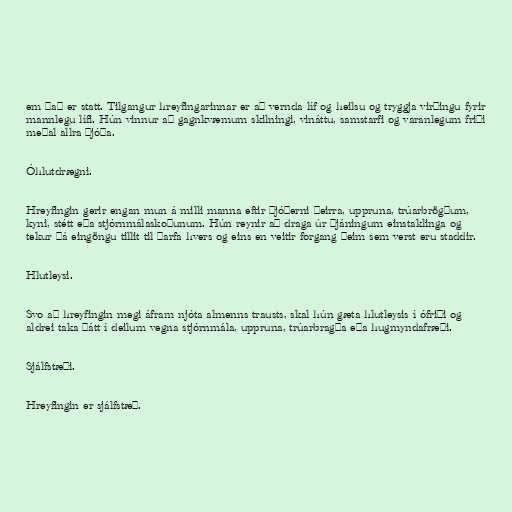
em það er statt. Tilgangur hreyfingarinnar er að vernda líf og heilsu og tryggja virðingu fyrir
mannlegu lífi. Hún vinnur að gagnkvæmum skilningi, vináttu, samstarfi og varanlegum friði
meðal allra þjóða.

Óhlutdrægni.

Hreyfingin gerir engan mun á milli manna eftir þjóðerni þeirra, uppruna, trúarbrögðum,
kyni, stétt eða stjórnmálaskoðunum. Hún reynir að draga úr þjáningum einstaklinga og
tekur þá eingöngu tillit til þarfa hvers og eins en veitir forgang þeim sem verst eru staddir.

Hlutleysi.

Svo að hreyfingin megi áfram njóta almenns trausts, skal hún gæta hlutleysis í ófriði og
aldrei taka þátt í deilum vegna stjórnmála, uppruna, trúarbragða eða hugmyndafræði.

Sjálfstæði.

Hreyfingin er sjálfstæð.